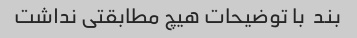
بند  با توضیحات هیچ مطابقتی نداشت